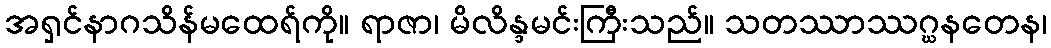
အရှင်နာဂသိန်မထေရ်ကို။ ရာဇာ၊ မိလိန္ဒမင်းကြီးသည်။ သတဿာဿဂ္ဃနတေန၊